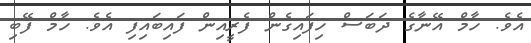
އެވެ. ހާމް އޭނާގެ ދަބަސް ހިފައިގެން ފެރީއިން ފައިބައިފި އެވެ. ހާމް ފޭބި